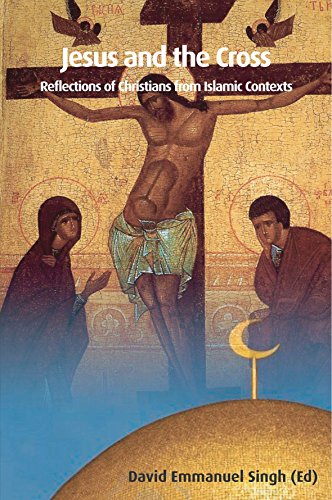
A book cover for Jesus and the Cross: Reflections of Christians from Islamic Contexts (Global Theological Voices); Christian Books & Bibles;